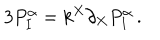
3 P _ { I } ^ { \alpha } = k ^ { X } \partial _ { X } P _ { I } ^ { \alpha } \, .